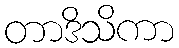
တာဒိသိကာ